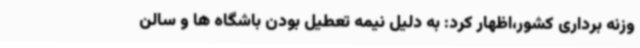
وزنه برداری کشور،اظهار کرد: به دلیل نیمه تعطیل بودن باشگاه ها و سالن